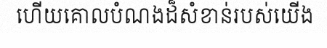
ហើយគោលបំណងដ៏សំខាន់របស់យើង